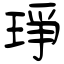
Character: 琤